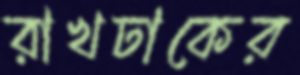
রাখঢাকের